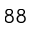
^ { 8 8 }